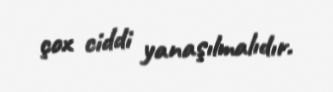
çox ciddi yanaşılmalıdır.